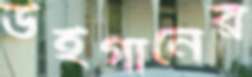
উইগানের